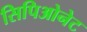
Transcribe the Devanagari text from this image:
सिपिओनेट